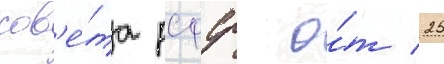
сов'е́та рсфср о́т 25